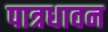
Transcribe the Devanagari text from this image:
पात्रधावन